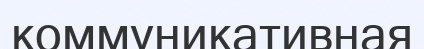
коммуникативная